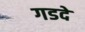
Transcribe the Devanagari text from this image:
गडदे